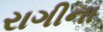
રાગીના